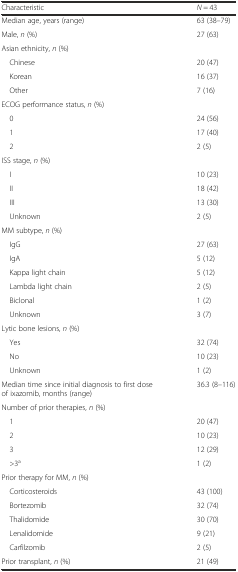
| Characteristic | N = 43 |
 | --- | --- |
 | Median age, years (range) | 63 (38–79) |
 | Male, n (%) | 27 (63) |
 | Asian ethnicity, n (%) |  |
 | Chinese | 20 (47) |
 | Korean | 16 (37) |
 | Other | 7 (16) |
 | ECOG performance status, n (%) |  |
 | 0 | 24 (56) |
 | 1 | 17 (40) |
 | 2 | 2 (5) |
 | ISS stage, n (%) |  |
 | I | 10 (23) |
 | II | 18 (42) |
 | III | 13 (30) |
 | Unknown | 2 (5) |
 | MM subtype, n (%) |  |
 | IgG | 27 (63) |
 | IgA | 5 (12) |
 | Kappa light chain | 5 (12) |
 | Lambda light chain | 2 (5) |
 | Biclonal | 1 (2) |
 | Unknown | 3 (7) |
 | Lytic bone lesions, n (%) |  |
 | Yes | 32 (74) |
 | No | 10 (23) |
 | Unknown | 1 (2) |
 | Median time since initial diagnosis to first dose of ixazomib, months (range) | 36.3 (8–116) |
 | Number of prior therapies, n (%) |  |
 | 1 | 20 (47) |
 | 2 | 10 (23) |
 | 3 | 12 (29) |
 | >3a | 1 (2) |
 | Prior therapy for MM, n (%) |  |
 | Corticosteroids | 43 (100) |
 | Bortezomib | 32 (74) |
 | Thalidomide | 30 (70) |
 | Lenalidomide | 9 (21) |
 | Carfilzomib | 2 (5) |
 | Prior transplant, n (%) | 21 (49) |